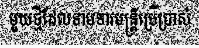
មួយថ្មីដែលទាមទារមន្ត្រីប្រើប្រាស់